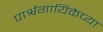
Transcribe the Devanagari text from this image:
पार्श्वगायिकेच्या